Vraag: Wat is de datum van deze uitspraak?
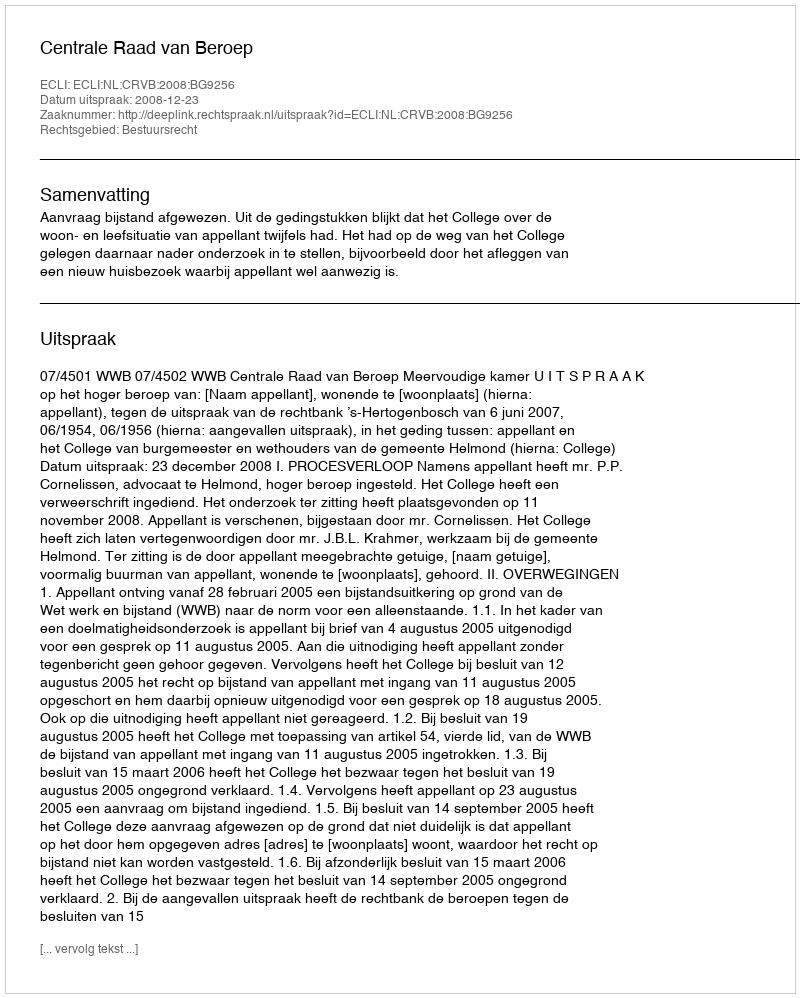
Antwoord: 2008-12-23